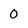
Character: O